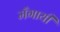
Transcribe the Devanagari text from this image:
मँगायी